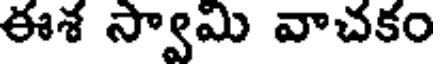
ఈశ స్వామి వాచకం